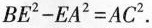
$$B E ^ { 2 } - E A ^ { 2 } = A C ^ { 2 }$$.